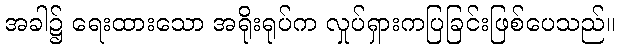
အခါ၌ ရေးထားသော အရိုးရုပ်က လှုပ်ရှားကပြခြင်းဖြစ်ပေသည်။